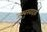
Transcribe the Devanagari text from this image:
जम्बुखादक